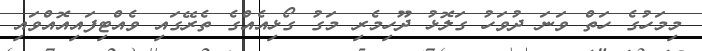
މިމަހުގެ ހަތް ވަނަ ދުވަހު ގަލޮޅު ދޫހިމެރި މަގު ގޯޅިއެއްގެ ތެރޭގައި ވެއްޓިފައިއޮއްވައި